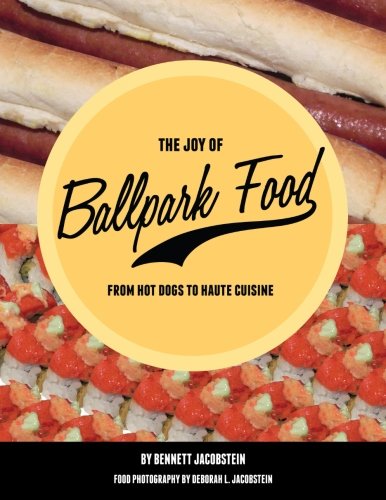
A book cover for The Joy of Ballpark Food: From Hot Dogs to Haute Cuisine; Bennett Jacobstein; Cookbooks, Food & Wine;